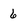
Character: 6